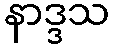
နာဒ္ဒသ